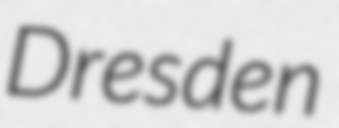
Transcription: Dresden